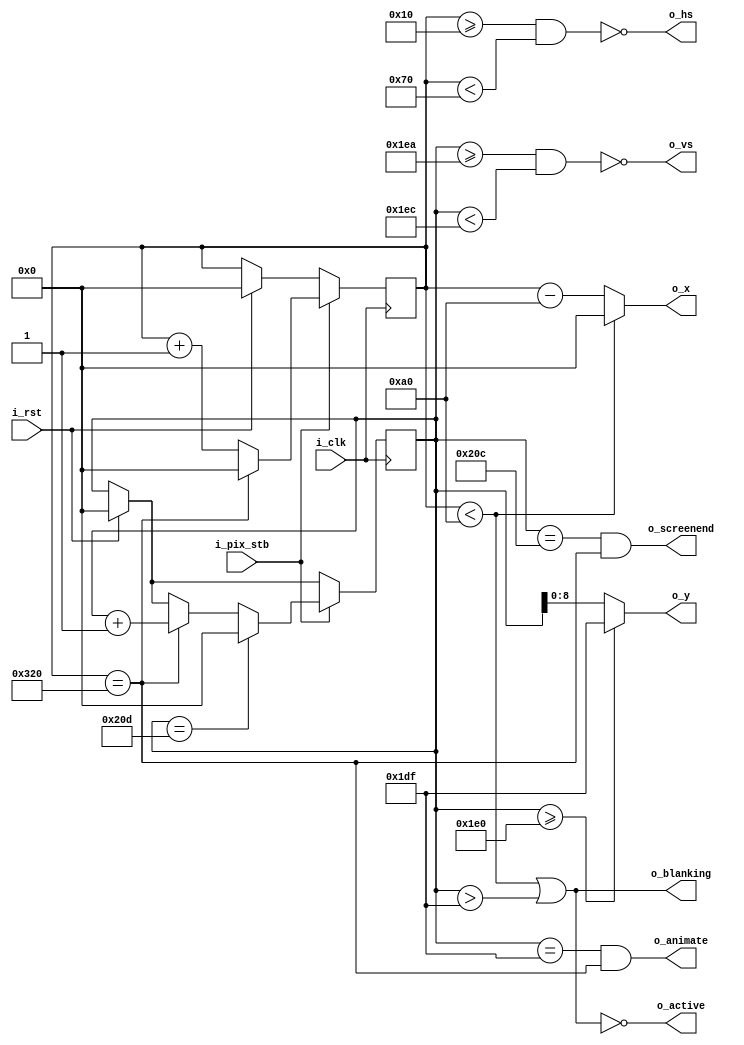
`timescale 1ns / 1ps
//////////////////////////////////////////////////////////////////////////////////
// Company: 
// Engineer: 
// 
// Design Name: 
// Module Name: vga640x480
// Project Name: 
// Target Devices: 
// Tool Versions: 
// Description: 
// 
// Dependencies: 
// 
// Revision:
// Revision 0.01 - File Created
// Additional Comments:
// 
//////////////////////////////////////////////////////////////////////////////////


module vga640x480(
    input wire i_clk,           // base clock
    input wire i_pix_stb,       // pixel clock strobe
    input wire i_rst,           // reset: restarts frame
    output wire o_hs,           // horizontal sync
    output wire o_vs,           // vertical sync
    output wire o_blanking,     // high during blanking interval
    output wire o_active,       // high during active pixel drawing
    output wire o_screenend,    // high for one tick at the end of screen
    output wire o_animate,      // high for one tick at end of active drawing
    output wire [9:0] o_x,      // current pixel x position
    output wire [8:0] o_y       // current pixel y position
    );

    // VGA timings https://timetoexplore.net/blog/video-timings-vga-720p-1080p
    localparam HS_STA = 16;              // horizontal sync start
    localparam HS_END = 16 + 96;         // horizontal sync end
    localparam HA_STA = 16 + 96 + 48;    // horizontal active pixel start
    localparam VS_STA = 480 + 10;        // vertical sync start
    localparam VS_END = 480 + 10 + 2;    // vertical sync end
    localparam VA_END = 480;             // vertical active pixel end
    localparam LINE   = 800;             // complete line (pixels)
    localparam SCREEN = 525;             // complete screen (lines)

    reg [9:0] h_count;  // line position
    reg [9:0] v_count;  // screen position

    // generate sync signals (active low for 640x480)
    assign o_hs = ~((h_count >= HS_STA) & (h_count < HS_END));
    assign o_vs = ~((v_count >= VS_STA) & (v_count < VS_END));

    // keep x and y bound within the active pixels
    assign o_x = (h_count < HA_STA) ? 0 : (h_count - HA_STA);
    assign o_y = (v_count >= VA_END) ? (VA_END - 1) : (v_count);

    // blanking: high within the blanking period
    assign o_blanking = ((h_count < HA_STA) | (v_count > VA_END - 1));

    // active: high during active pixel drawing
    assign o_active = ~((h_count < HA_STA) | (v_count > VA_END - 1)); 

    // screenend: high for one tick at the end of the screen
    assign o_screenend = ((v_count == SCREEN - 1) & (h_count == LINE));

    // animate: high for one tick at the end of the final active pixel line
    assign o_animate = ((v_count == VA_END - 1) & (h_count == LINE));

    always @ (posedge i_clk)
    begin
        if (i_rst)  // reset to start of frame
        begin
            h_count <= 0; // horizontal pixel count
            v_count <= 0; // vertical pixel count
        end
        if (i_pix_stb)  // once per pixel
        begin
            if (h_count == LINE)  // end of line
            begin
                h_count <= 0;
                v_count <= v_count + 1; // start vertical pixel count
            end
            else 
                h_count <= h_count + 1; // start horizontal pixel count

            if (v_count == SCREEN)  // end of screen
                v_count <= 0;
        end
    end
endmodule